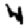
Digit: 4